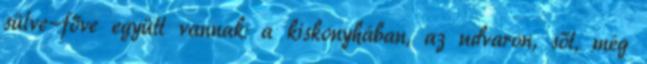
sülve-főve együtt vannak: a kiskonyhában, az udvaron, sőt, még